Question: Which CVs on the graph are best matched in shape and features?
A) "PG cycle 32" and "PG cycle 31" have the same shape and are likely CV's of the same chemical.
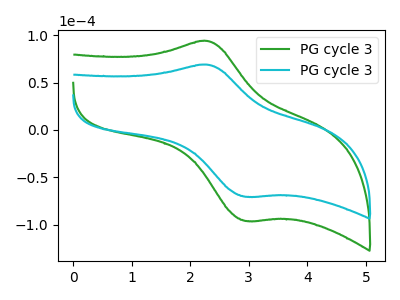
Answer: <think>The green curve "PG cycle 31" has an anodic peak at (2.30V, 94.00uA) and a cathodic peak at (2.95V, -96.10uA). The cyan curve "PG cycle 32" has an anodic peak at (2.30V, 69.00uA) and a cathodic peak at (2.95V, -70.50uA).
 All the peaks in "PG cycle 31" have a peak in "PG cycle 32" at the same potential. Every peak in "PG cycle 31" is higher than every peak in "PG cycle 32".</think>
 <answer>A) "PG cycle 32" and "PG cycle 31" have the same shape and are likely CV's of the same chemical.</answer>
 <eval>A</eval>